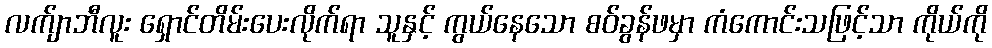
လက်ျာဘီလူး ရှောင်တိမ်းပေးလိုက်ရာ သူနှင့် ကွယ်နေသော စဝ်ခွန်ဖမှာ ကံကောင်းသဖြင့်သာ ကိုယ်ကို